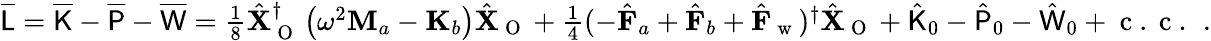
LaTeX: \begin{array}{r}{\overline{{\mathsf{L}}}=\overline{{\mathsf{K}}}-\overline{{\mathsf{P}}}-\overline{{\mathsf{W}}}=\frac{1}{8}\hat{\mathbf{X}}_{\mathrm{~O~}}^{\dagger}\left(\omega^{2}\mathbf{M}_{a}-\mathbf{K}_{b}\right)\hat{\mathbf{X}}_{\mathrm{~O~}}+\frac{1}{4}(-\hat{\mathbf{F}}_{a}+\hat{\mathbf{F}}_{b}+\hat{\mathbf{F}}_{\mathrm{~w~}})^{\dagger}\hat{\mathbf{X}}_{\mathrm{~O~}}+\hat{\mathsf{K}}_{0}-\hat{\mathsf{P}}_{0}-\hat{\mathsf{W}}_{0}+\mathrm{~c~.~c~.~}\, .}\end{array}